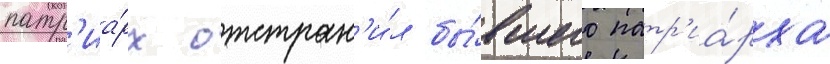
патр'иа́рх отстран'и́л бы́вшего патр'иа́рха